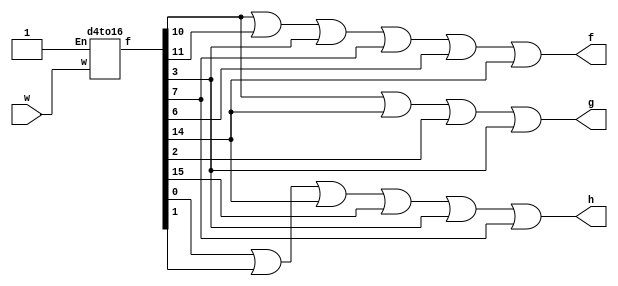
      module q2(w,f,g,h);
	input [3:0] w;
	output f,g,h;
	wire [15:0] z;
	d4to16 s0(w,1'b1,z);
	
	assign f = z[10] | z[11] | z[3] | z[7] | z[6] | z[14];
	assign g = z[10] | z[14] | z[2] | z[3];
	assign h = z[0] | z[1] | z[14] | z[15] | z[3] | z[7];
endmodule
	

module d4to16(w,En,f);
	input [3:0] w;
	input En;
	output [15:0] f;
	wire [3:0] c;
	d2to4 stage0(w[3:2],En,c);
	d2to4 stage1(w[1:0],c[0],f[3:0]);
	d2to4 stage2(w[1:0],c[1],f[7:4]);
	d2to4 stage3(w[1:0],c[2],f[11:8]);
	d2to4 stage4(w[1:0],c[3],f[15:12]);
endmodule


module d2to4(w,En,f);	
	input [1:0] w;
	input En;
	output reg [3:0] f;
	always@(w,En)
	begin
		case(En)
		  0: f = 4'b0000;
		  1:
		  begin
		  	case(w)
		  		0:f=4'b0001;
		  		1:f=4'b0010;
		  		2:f=4'b0100;
		  		3:f=4'b1000;
		  	endcase
		  end
		endcase
	end
endmodule